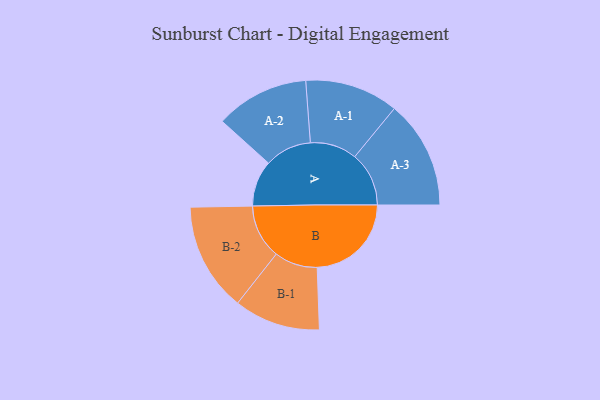
{"axis": {"x": "Segment", "y": "Value"}, "legend": ["", "A", "B"], "data": [{"x": "A", "y": 238, "type": ""}, {"x": "B", "y": 487, "type": ""}, {"x": "A-1", "y": 242, "type": "A"}, {"x": "A-2", "y": 242, "type": "A"}, {"x": "A-3", "y": 280, "type": "A"}, {"x": "B-1", "y": 223, "type": "B"}, {"x": "B-2", "y": 281, "type": "B"}]}